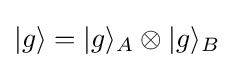
|g\rangle =|g\rangle _{A}\otimes |g\rangle _{B}